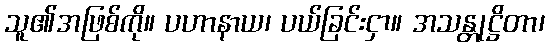
သူ၏အဖြစ်ကို။ ပဟာနာယ၊ ပယ်ခြင်းငှာ။ အသန္တုဋ္ဌိတာ၊